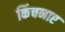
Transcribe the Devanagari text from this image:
किंचनाए